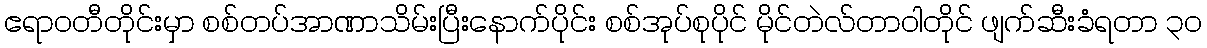
ဧရာဝတီတိုင်းမှာ စစ်တပ်အာဏာသိမ်းပြီးနောက်ပိုင်း စစ်အုပ်စုပိုင် မိုင်တဲလ်တာဝါတိုင် ဖျက်ဆီးခံရတာ ၃၀